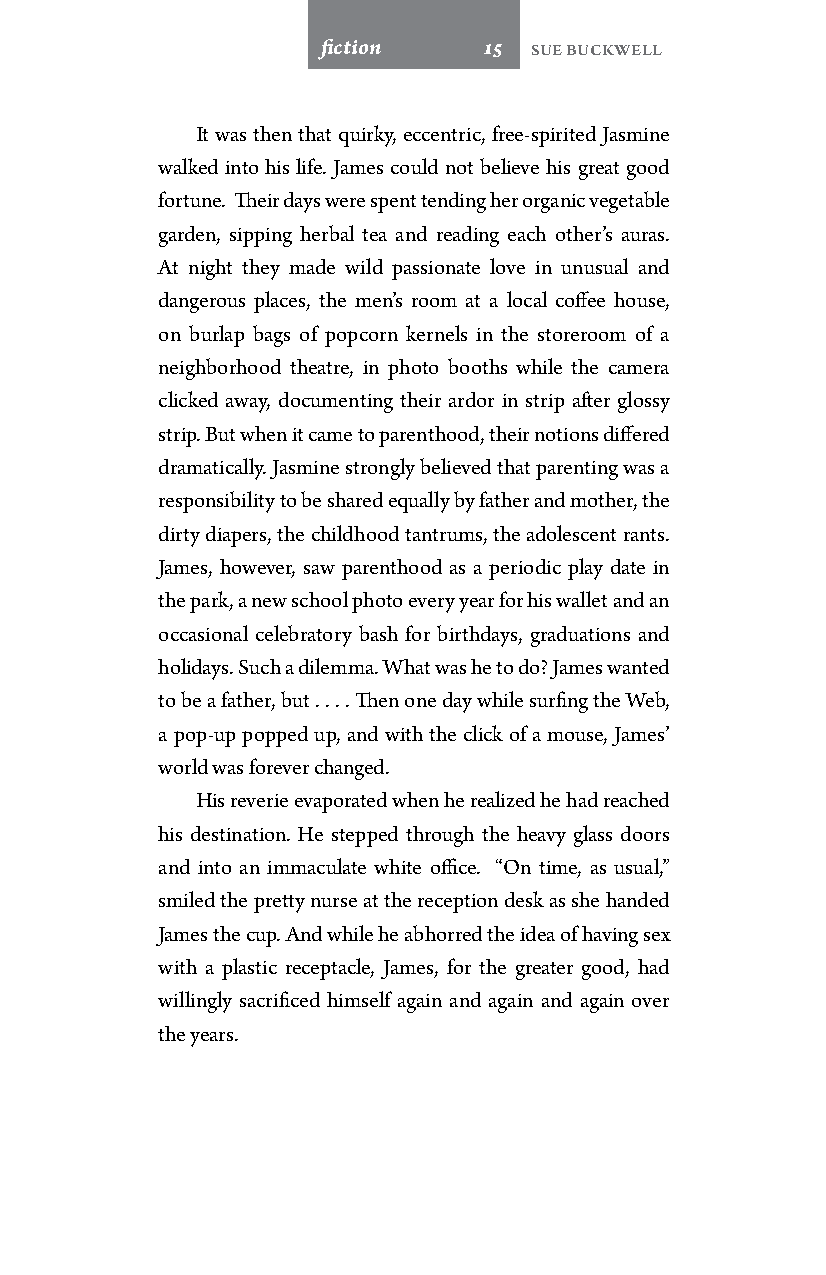
fiction    15 Sue Buckwell
 It was then that quirky, eccentric, free-spirited Jasmine
 walked into his life. James could not believe his great good
 fortune. Their days were spent tending her organic vegetable
 garden, sipping herbal tea and reading each other’s auras.
 At night they made wild passionate love in unusual and
 dangerous places, the men’s room at a local coffee house,
 on burlap bags of popcorn kernels in the storeroom of a
 neighborhood theatre, in photo booths while the camera
 clicked away, documenting their ardor in strip after glossy
 strip. But when it came to parenthood, their notions differed
 dramatically. Jasmine strongly believed that parenting was a
 responsibility to be shared equally by father and mother, the
 dirty diapers, the childhood tantrums, the adolescent rants.
 James, however, saw parenthood as a periodic play date in
 the park, a new school photo every year for his wallet and an
 occasional celebratory bash for birthdays, graduations and
 holidays. Such a dilemma. What was he to do? James wanted
 to be a father, but . . . . Then one day while surfing the Web,
 a pop-up popped up, and with the click of a mouse, James’
 world was forever changed.
 His reverie evaporated when he realized he had reached
 his destination. He stepped through the heavy glass doors
 and into an immaculate white office. “On time, as usual,”
 smiled the pretty nurse at the reception desk as she handed
 James the cup. And while he abhorred the idea of having sex
 with a plastic receptacle, James, for the greater good, had
 willingly sacrificed himself again and again and again over
 the years.